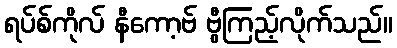
ရပ်စ်ကိုလ် နီကော့ဗ် ဗွီကြည့်လိုက်သည်။